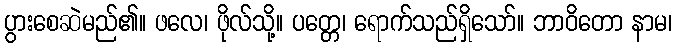
ပွားစေဆဲမည်၏။ ဖလေ၊ ဖိုလ်သို့။ ပတ္တေ၊ ရောက်သည်ရှိသော်။ ဘာဝိတော နာမ၊